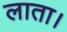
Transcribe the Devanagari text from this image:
लाता।